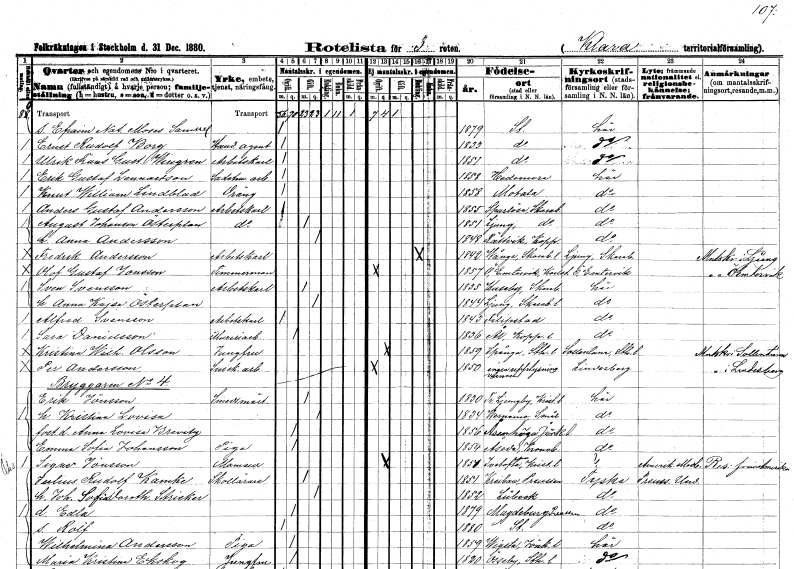
gt_parse: households: individuals: FN: Efraim Natanael Moses Samuel
KON: M
CIV: O
FODAR: 1879
FODFORS: Stockholm
FN: Ernst Rudolf
EN: Borg
YRKE: Handelsagent
KON: M
CIV: O
FODAR: 1833
FODFORS: Stockholm
FN: Ulrik Frans Gustaf
EN: Wingren
YRKE: Arbetskarl
KON: M
CIV: O
FODAR: 1851
FODFORS: Stockholm
FN: Erik Gustaf
EN: Lennartson
YRKE: Sadelmakeriarbetare
KON: M
CIV: O
FODAR: 1858
FODFORS: Hedemora Kopparbergs län
FN: Knut William
EN: Lindblad
YRKE: Dräng
KON: M
CIV: O
FODAR: 1858
FODFORS: Motala Östergötlands län
FN: Anders Gustaf
EN: Andersson
YRKE: Arbetskarl
KON: M
CIV: O
FODAR: 1855
FODFORS: Sparlösa Skaraborgs län
FN: August
EN: Johanson Österplan
YRKE: Arbetskarl
KON: M
CIV: G
FODAR: 1851
FODFORS: Ljung Göteborgs- och Bohuslän
FN: Anna
EN: Andersson
KON: K
CIV: G
FODAR: 1848
FODFORS: Rättvik Kopparbergs län
FN: Fredrik
EN: Andersson
YRKE: Arbetskarl
KON: M
CIV: E
FODAR: 1842
FODFORS: Vånga Skaraborgs län
FN: Olof Gustaf
EN: Jonsson
YRKE: Timmerman
KON: M
CIV: O
FODAR: 1857
FODFORS: Östra Ämtervik Värmlands län
FN: Sven
EN: Svensson
YRKE: Arbetskarl
KON: M
CIV: G
FODAR: 1835
FODFORS: Husaby Skaraborgs län
FN: Anna Kajsa
EN: Österplan
KON: K
CIV: G
FODAR: 1844
FODFORS: Ljung Göteborgs- och Bohuslän
FN: Alfred
EN: Svensson
YRKE: Arbetskarl
KON: M
CIV: O
FODAR: 1843
FODFORS: Filipstad Värmlands län
FN: Sara
EN: Danielsson
YRKE: Mureriarbetare
KON: K
CIV: O
FODAR: 1836
FODFORS: Ål Kopparbergs län
FN: Kristina Wilhelmina
EN: Olsson
YRKE: Jungfru
KON: K
CIV: O
FODAR: 1859
FODFORS: Spånga Stockholms län
FN: Per
EN: Andersson
YRKE: Snickeriarbetare
KON: M
CIV: O
FODAR: 1850
FN: Erik
EN: Jönsson
YRKE: Smedmästare
KON: M
CIV: G
FODAR: 1830
FODFORS: Trolle-Ljungby Kristianstads län
FN: Kristina Lovisa
KON: K
CIV: G
FODAR: 1834
FODFORS: Värnamo Jönköpings län
FN: Anna Lovisa
EN: Brevitz
KON: K
CIV: O
FODAR: 1856
FODFORS: Åsenhöga Jönköpings län
FN: Emma Sofia
EN: Johansson
YRKE: Piga
KON: K
CIV: O
FODAR: 1854
FODFORS: Åseda Kronobergs län
FN: Signe
EN: Jönsson
KON: K
CIV: O
FODAR: 1851
FODFORS: Ivetofta Kristianstad
FN: Julius Rudolf
EN: Kamke
YRKE: Skollärare
KON: M
CIV: G
FODAR: 1851
FN: Johanna Sofia Dorothea
EN: Stricker
KON: K
CIV: G
FODAR: 1852
FN: Edla
KON: K
CIV: O
FODAR: 1879
FN: Rolf
KON: M
CIV: O
FODAR: 1880
FODFORS: Stockholm
FN: Wilhelmina
EN: Andersson
YRKE: Piga
KON: K
CIV: O
FODAR: 1859
FODFORS: Vrigstad Jönköpings län
FN: Maria Kristina
EN: Ekskog
YRKE: Jungfru
KON: K
CIV: O
FODAR: 1820
FODFORS: Össeby Stockholms län